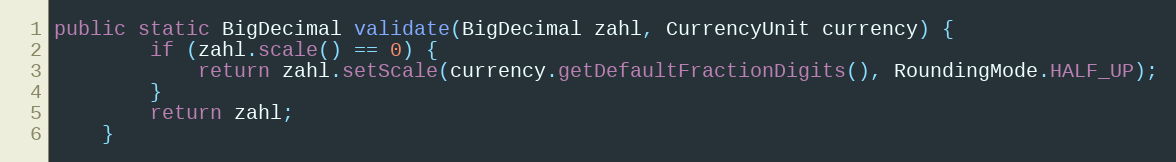
Language: Java
public static BigDecimal validate(BigDecimal zahl, CurrencyUnit currency) {
        if (zahl.scale() == 0) {
            return zahl.setScale(currency.getDefaultFractionDigits(), RoundingMode.HALF_UP);
        }
        return zahl;
    }